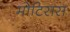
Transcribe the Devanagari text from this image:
मोटिसस